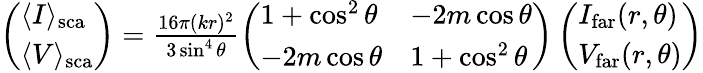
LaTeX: \begin{array}{r}{\left(\begin{array}{l}{\langle I\rangle_{\mathrm{sca}}}\\ {\langle V\rangle_{\mathrm{sca}}}\end{array}\right)=\frac{16\pi(kr)^{2}}{3\sin^{4}\theta}\left(\begin{array}{ll}{1+\cos^{2}\theta}&{-2m\cos\theta}\\ {-2m\cos\theta}&{1+\cos^{2}\theta}\end{array}\right)\left(\begin{array}{l}{I_{\mathrm{far}}(r,\theta)}\\ {V_{\mathrm{far}}(r,\theta)}\end{array}\right)}\end{array}